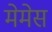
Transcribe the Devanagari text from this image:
मेमेस